Lunatic asylums Central Provinces reports 1895-1909 - 1895-1909
Year: 1895
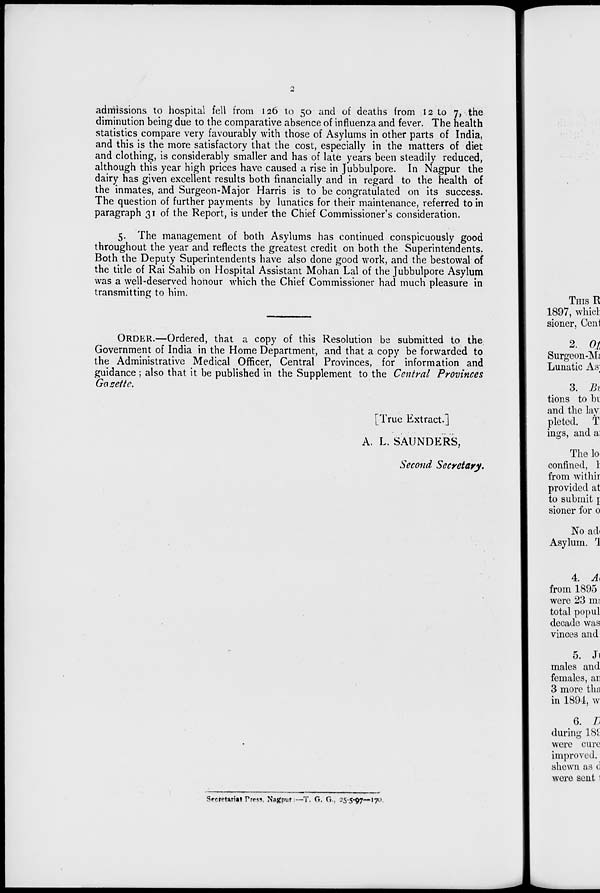
2
admissions to hospital fell from 126 to 50 and of deaths from 12 to 7, the
diminution being due to the comparative absence of influenza and fever. The health
statistics compare very favourably with those of Asylums in other parts of India,
and this is the more satisfactory that the cost, especially in the matters of diet
and clothing, is considerably smaller and has of late years been steadily reduced,
although this year high prices have caused a rise in Jubbulpore. In Nagpur the
dairy has given excellent results both financially and in regard to the health of
the inmates, and Surgeon-Major Harris is to be congratulated on its success.
The question of further payments by lunatics for their maintenance, referred to in
paragraph 31 of the Report, is under the Chief Commissioner's consideration.
5. The management of both Asylums has continued conspicuously good
throughout the year and reflects the greatest credit on both the Superintendents.
Both the Deputy Superintendents have also done good work, and the bestowal of
the title of Rai Sahib on Hospital Assistant Mohan Lal of the Jubbulpore Asylum
was a well-deserved honour which the Chief Commissioner had much pleasure in
transmitting to him.
ORDER.—Ordered, that a copy of this Resolution be submitted to the
Government of India in the Home Department, and that a copy be forwarded to
the Administrative Medical Officer. Central Provinces, for information and
guidance ; also that it be published in the Supplement to the Central Provinces
Gazette.
[True Extract.]
A. L. SAUNDERS,
Second Secretary.
Secretariat Press, Nagpur:—T. G. G., 25-5-97—170.